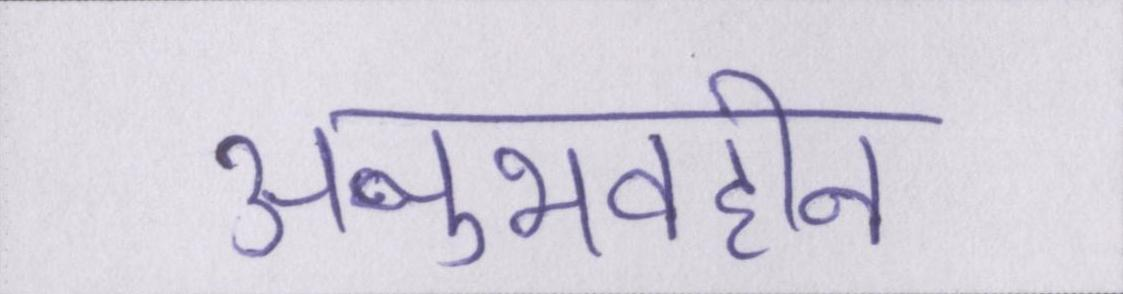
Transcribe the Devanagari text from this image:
अनुभवहीन